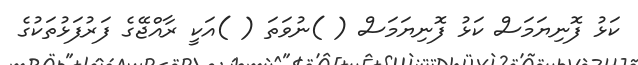
ކަޅު ފޮނިޔަމަސް ކަޅު ފޮނިޔަމަސް ( )ނުވަތަ ( )އަކީ ރާއްޖޭގެ ފަރުފަޅުތަކުގެ